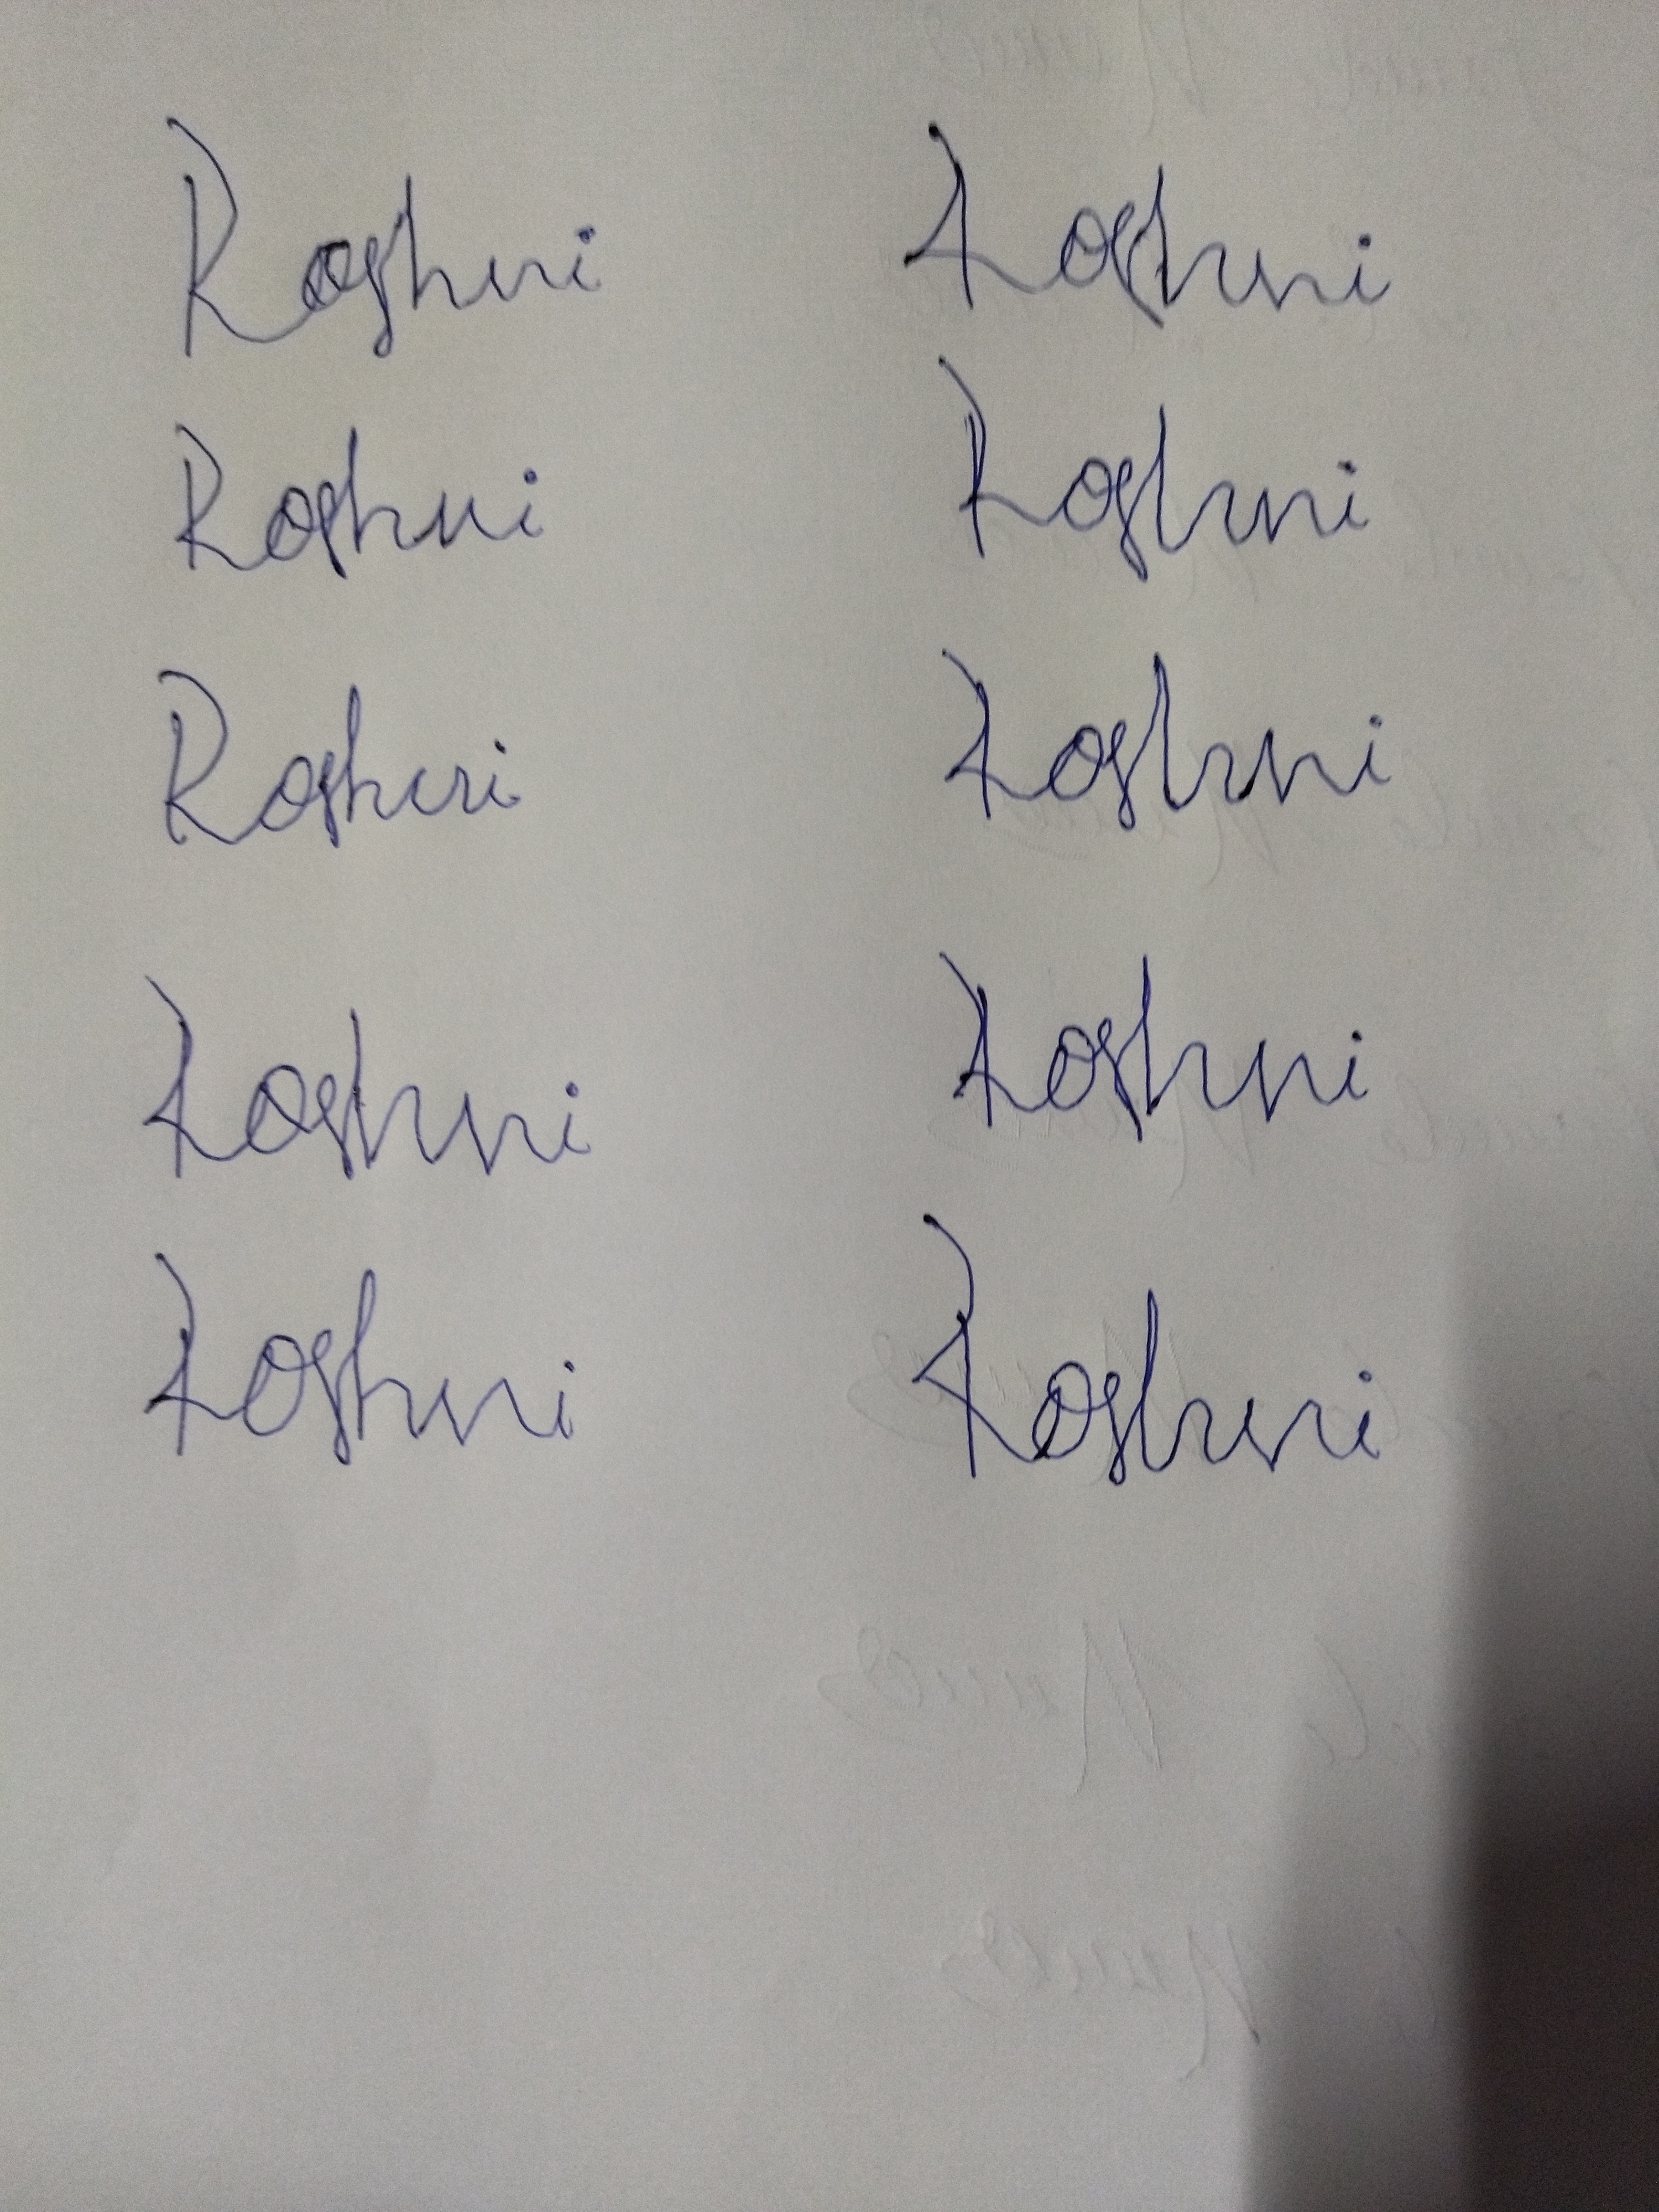
Signature authenticity: forged